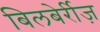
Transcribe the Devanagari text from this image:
बिलबेर्रीज़